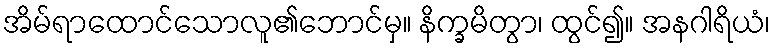
အိမ်ရာထောင်သောလူ၏ဘောင်မှ။ နိက္ခမိတွာ၊ ထွင်၍။ အနဂါရိယံ၊